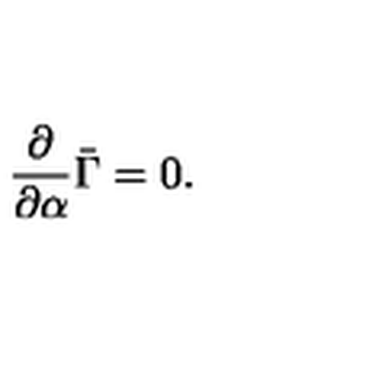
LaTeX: { \frac { \partial } { \partial \alpha } } \bar { \Gamma } = 0 .